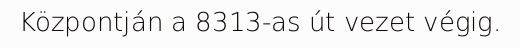
Központján a 8313-as út vezet végig.